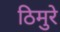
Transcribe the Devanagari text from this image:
ठिमुरे